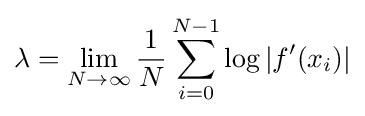
{\displaystyle \lambda =\lim _{N\to \infty }{\frac {1}{N}}\sum _{i=0}^{N-1}\log \left|f^{\prime }(x_{i})\right\vert }